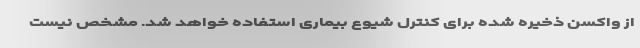
از واکسن ذخیره شده برای کنترل شیوع بیماری استفاده خواهد شد. مشخص نیست